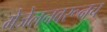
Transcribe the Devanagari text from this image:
मेजेलनवरूनच